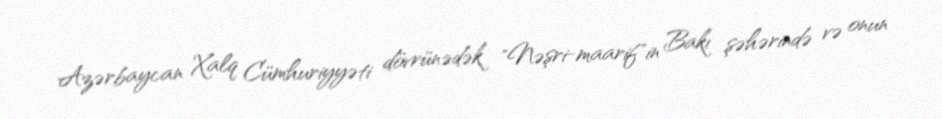
Azərbaycan Xalq Cümhuriyyəti dövrünədək "Nəşri-maarif"in Bakı şəhərində və onun